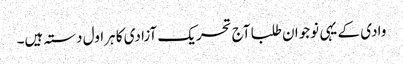
وادی کے یہی نوجوان طلبا آج تحریک آزادی کا ہراول دستہ ہیں۔